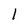
Character: l